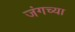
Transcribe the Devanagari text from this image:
जंगच्या